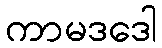
ကာမဒဒေါ